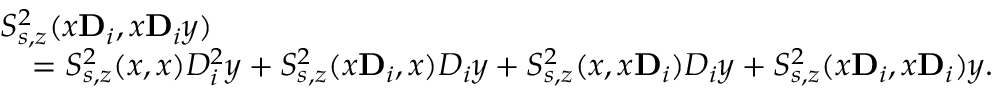
\begin{array} { r l } & { S _ { s , z } ^ { 2 } ( x \mathbf { D } _ { i } , x \mathbf { D } _ { i } y ) } \\ & { \quad = S _ { s , z } ^ { 2 } ( x , x ) D _ { i } ^ { 2 } y + S _ { s , z } ^ { 2 } ( x \mathbf D _ { i } , x ) D _ { i } y + S _ { s , z } ^ { 2 } ( x , x \mathbf D _ { i } ) D _ { i } y + S _ { s , z } ^ { 2 } ( x \mathbf D _ { i } , x \mathbf D _ { i } ) y . } \end{array}